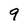
Character: 9